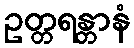
ဥတ္တရန္တာနံ